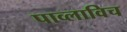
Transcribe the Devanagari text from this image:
पाव्लाविच